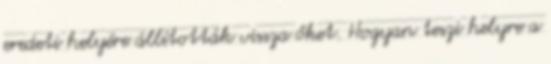
eredeti helyére állították vissza őket. Hogyan teszi helyre a